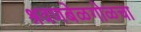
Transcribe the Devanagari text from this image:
श्रवणबेळगोळचा